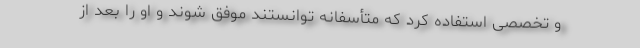
و تخصصی استفاده کرد که متأسفانه توانستند موفق شوند و او را بعد از